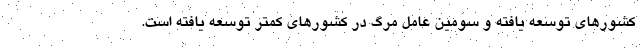
کشورهای توسعه یافته و سومین عامل مرگ در کشورهای کمتر توسعه یافته است.